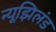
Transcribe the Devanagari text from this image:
न्यूझिलंड